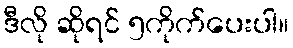
ဒီလို ဆိုရင် ၅ကိုက်ပေးပါ။